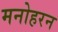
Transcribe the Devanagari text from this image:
मनोहरन